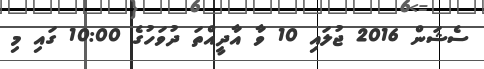
ސެޝަން 2016 ޖުލައި 10 ވާ އާދީއްތަ ދުވަހުގެ 10:00 ގައި މި